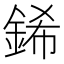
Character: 䤭